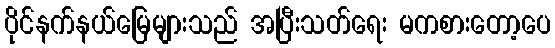
ပိုင်နက်နယ်မြေများသည် အပြီးသတ်ရေး မကစားတော့ပေ